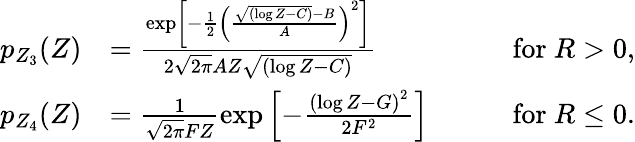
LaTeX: \begin{array}{rlr}{p_{Z_{3}}(Z)}&{=\frac{\exp\left[-\frac{1}{2}\left(\frac{\sqrt{(\log Z-C)}-B}{A}\right)^{2}\right]}{2\sqrt{2\pi}AZ\sqrt{(\log Z-C)}}\qquad}&{\mathrm{for~}R>0,}\\ {p_{Z_{4}}(Z)}&{=\frac{1}{\sqrt{2\pi}FZ}\exp\left[-\frac{\left(\log Z-G\right)^{2}}{2F^{2}}\right]\qquad}&{\mathrm{for~}R\leq 0.}\end{array}